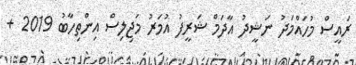
ރައީސް މުހައްމަދު ނަޝީދު އާދަމް ޝަރީފު އުމަރު މަޖިލިސް އިންތިހާބު 2019 +